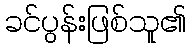
ခင်ပွန်းဖြစ်သူ၏